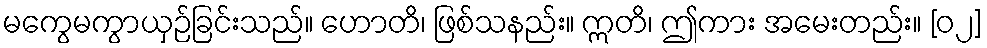
မကွေမကွာယှဉ်ခြင်းသည်။ ဟောတိ၊ ဖြစ်သနည်း။ ဣတိ၊ ဤကား အမေးတည်း။ [၀၂]